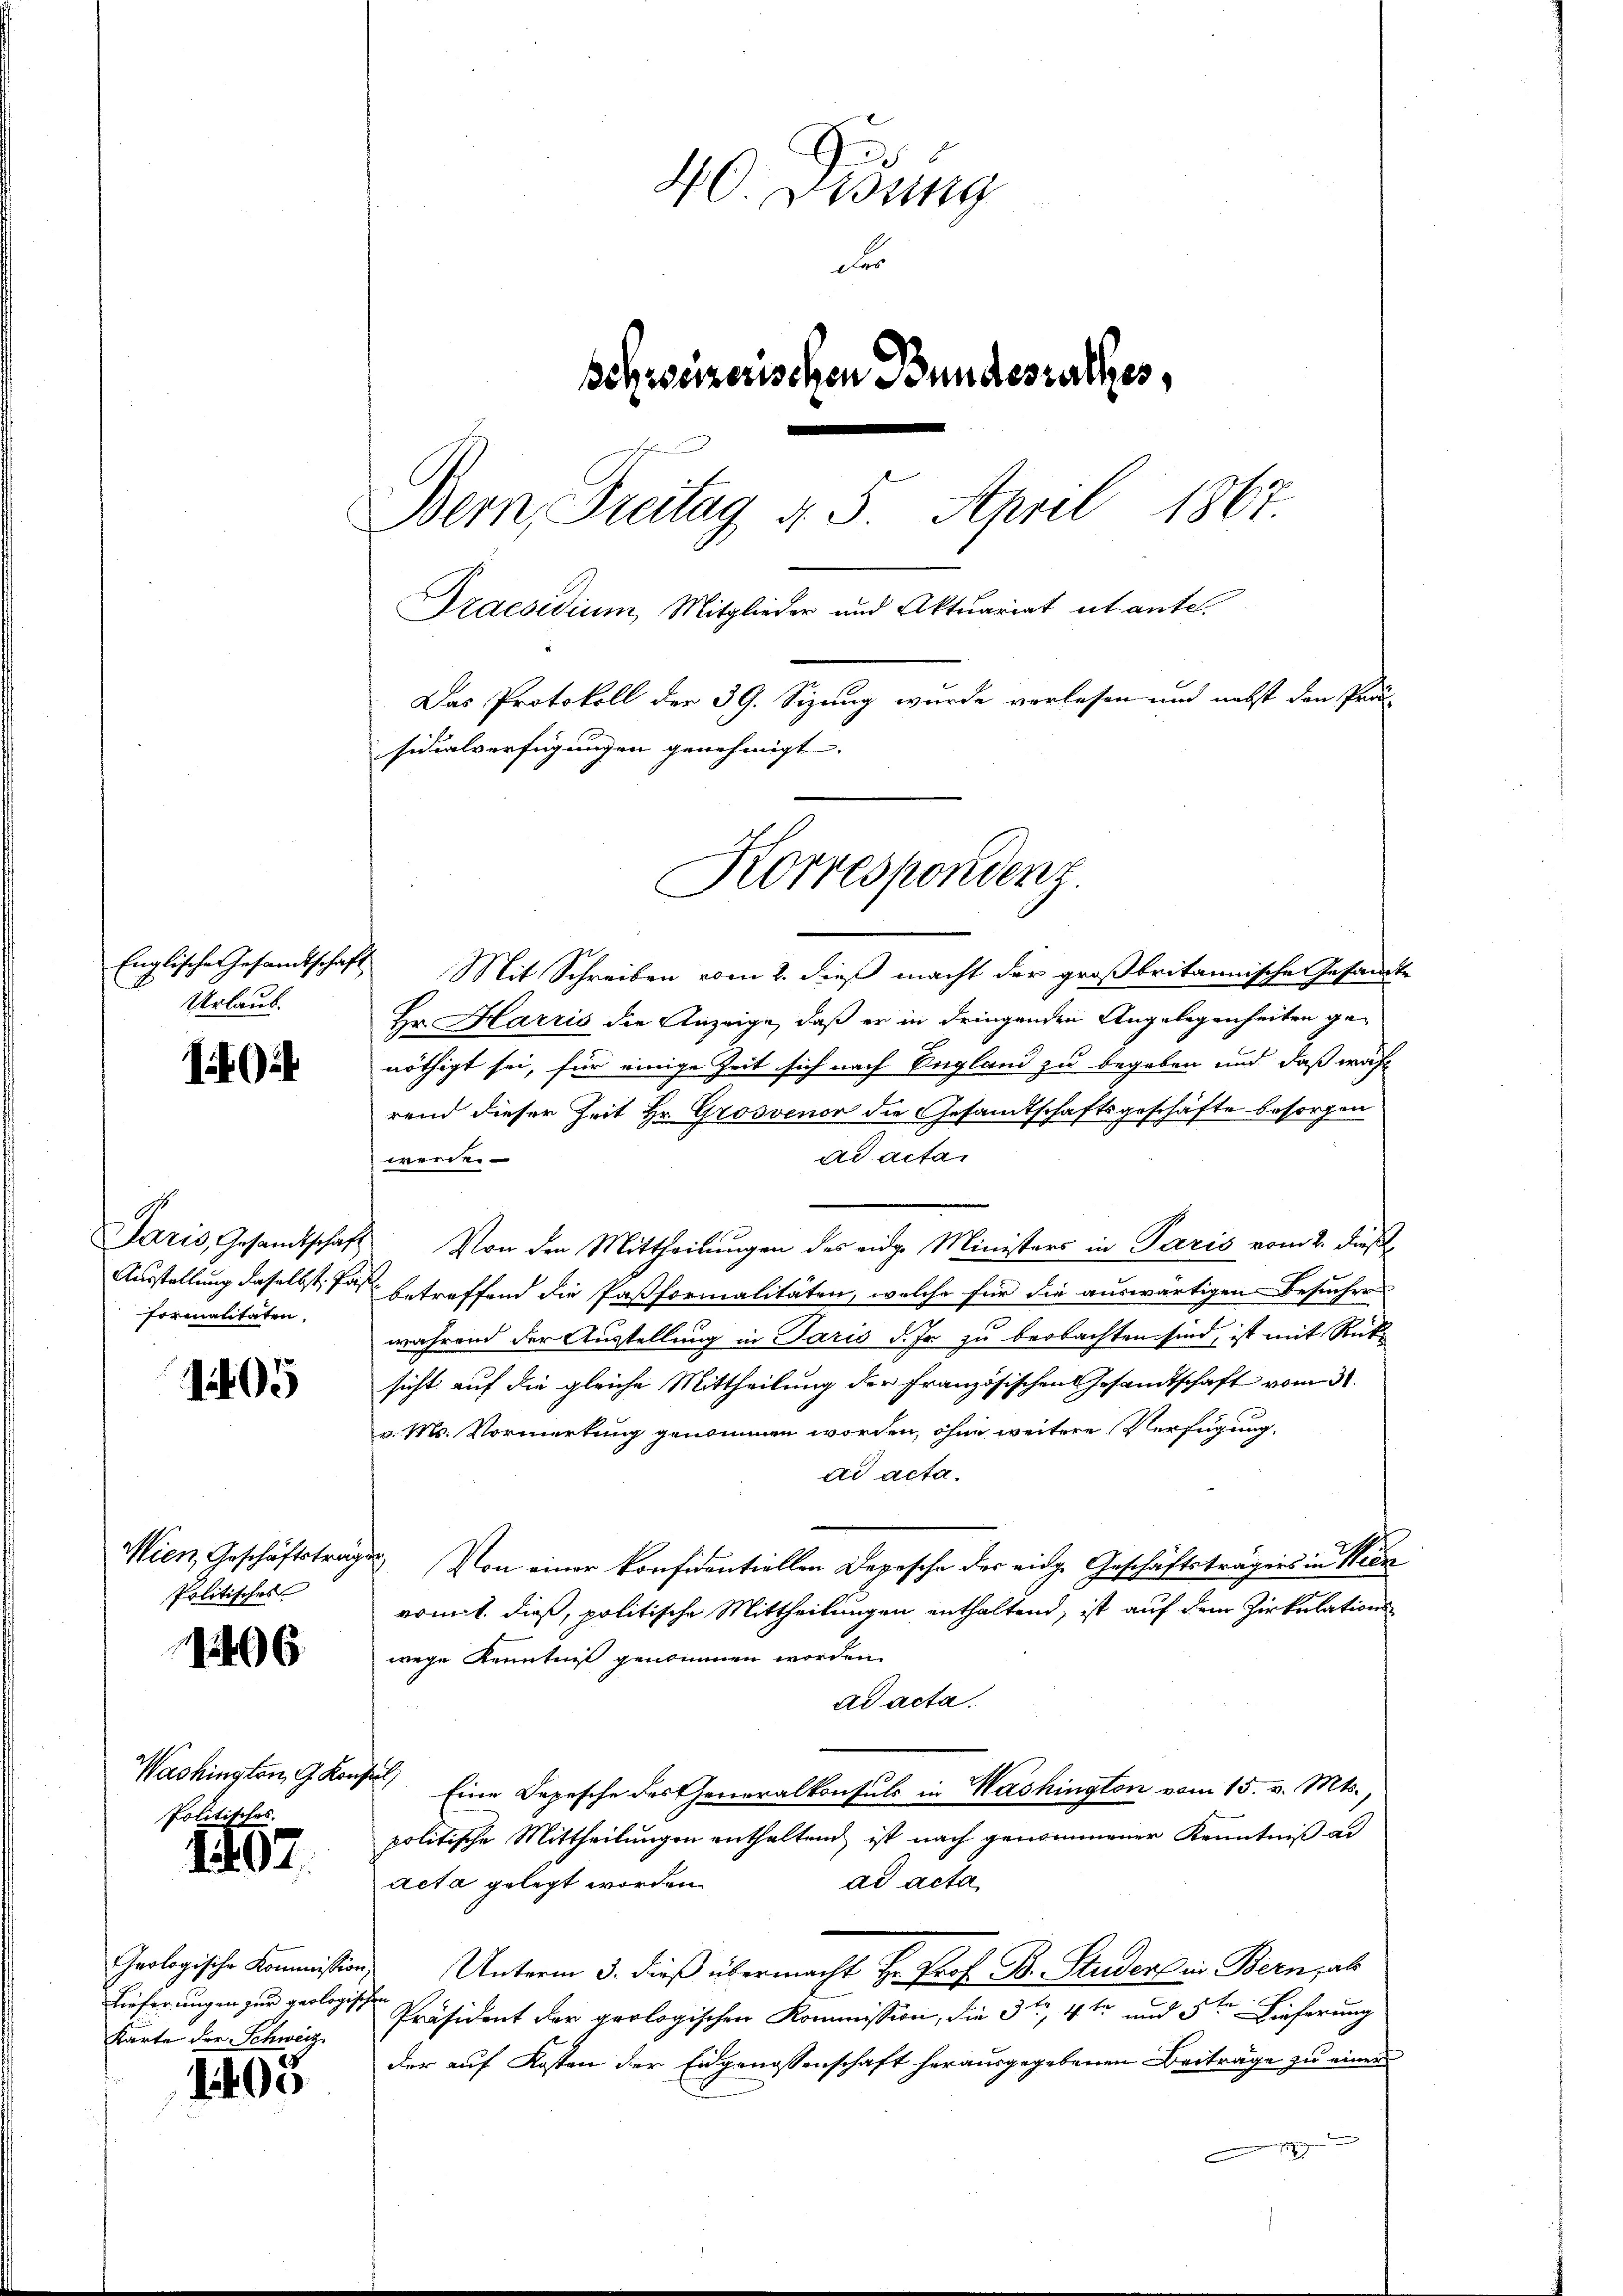
Englische Gesandtschaft
Urlaub

14

Paris, Gesamtschaft
Ausstellung dasselbst Post
formalitäten.

1405

Mien, Geschäftsträg
Politisches

6

Washington, G. Konz
Politisches.

1407.

Geologische Kommission
Lieferungen zur geologisc
Karte der Schweiz

1405

40. Disung
Fer
schweizerischen Bundesrathes,
Bern, Freitag d. 5. April 1867.
Draesidium, Mitglieder und Aktuariat et ante.
Das Protokoll der 39. Sizung wurde vorlesen und nebst den Pra
sidialverfügungen genehmigt.

Mit Schreiben vom 2. dieß macht der großbritannische Gesandte
Hr. Harris die Anzeige, daß er in dringenden Angelegenheiten genöthigt sei, für einige Zeit sich nach England zu begeben und daß währ
rend dieser Zeit Hr. Grosvenor die Gesamtschaftsgeschäfte besorgen
ad acta
werden
Von den Mittheilungen des eidge Ministers in Paris vom 2. dieß
betreffend die Pastformalitäten, welche für die auswärtigen Besucher
während der Austellung in Paris d. Js. zu beobachten sind, ist mit Rütsicht auf die gleiche Mittheilung der Französischen Gesandtschaft vom 31.
v. Ms. Vormerkung genommen worden, ohne weitere Verfügung
dd acta.
 Von einer konfidentiellen Depesche des eidge Geschäftsträgens in Kron
romit dieß, politische Mittheilungen enthaltend, ist auf dem Zirkulationswege Kenntniß genommen worden.
ad acta.
t
Eine Depesche des Generalkonsuls in Washington vom 15. v. Mts.,
politische Mittheilungen enthaltend ist nach genommener Kenntniß al
ad acta
acta gelegt worden.
Unterm 3. dieß übermacht Hr. Prof. B. Studers in Bern, als
Präsident der prologischen Kommission, die 3te 4 te und 5ten Lieferung
der auf Kosten der Eidgenossenschaft herausgegebenen Beiträge zu einer
1
e

Korrespondenz.